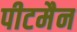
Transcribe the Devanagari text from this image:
पीटमैन